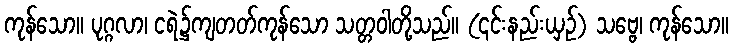
ကုန်သော။ ပုဂ္ဂလာ၊ ငရဲ၌ကျတတ်ကုန်သော သတ္တဝါတို့သည်။ (၎င်းနည်းယှဉ်) သဗ္ဗေ၊ ကုန်သော။